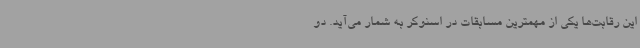
این رقابت‌ها یکی از مهمترین مسابقات در اسنوکر به شمار می‌آید. دو